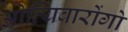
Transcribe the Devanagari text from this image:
ओत्यिवारोंगो